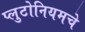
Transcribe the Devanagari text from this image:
प्लुटोनियमचे